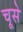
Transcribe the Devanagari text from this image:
चूसे